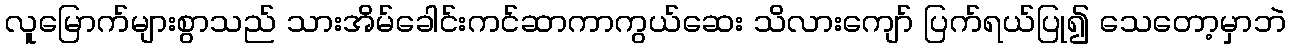
လူမြောက်များစွာသည် သားအိမ်ခေါင်းကင်ဆာကာကွယ်ဆေး သိလားကျော် ပြက်ရယ်ပြု၍ သေတော့မှာဘဲ